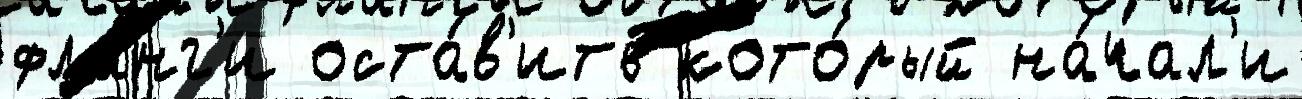
фла́нг'и оста́в'ить кото́рый на́чал'и